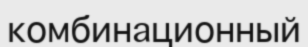
комбинационный